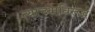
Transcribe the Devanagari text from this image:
त्याच्याविरूद्ध